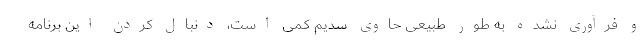
و فرآوری نشده به طور طبیعی حاوی سدیم کمی است، دنبال کردن این برنامه